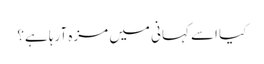
کیا اسے کہانی میں مزہ آرہا ہے؟